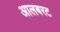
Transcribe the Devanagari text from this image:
आलबरट